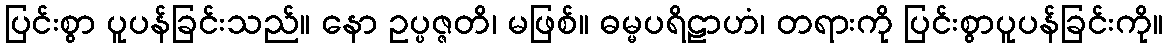
ပြင်းစွာ ပူပန်ခြင်းသည်။ နော ဥပ္ပဇ္ဇတိ၊ မဖြစ်။ ဓမ္မပရိဠာဟံ၊ တရားကို ပြင်းစွာပူပန်ခြင်းကို။